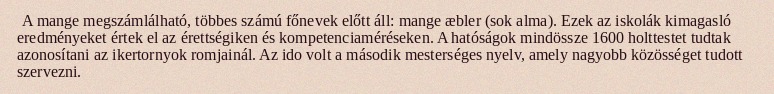
A mange megszámlálható, többes számú főnevek előtt áll: mange æbler (sok alma). Ezek az iskolák kimagasló eredményeket értek el az érettségiken és kompetenciaméréseken. A hatóságok mindössze 1600 holttestet tudtak azonosítani az ikertornyok romjainál. Az ido volt a második mesterséges nyelv, amely nagyobb közösséget tudott szervezni.